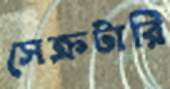
সেক্রটারি